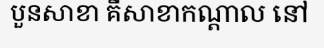
បួនសាខា គឺសាខាកណ្តាល នៅ